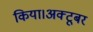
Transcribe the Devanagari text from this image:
किया।अक्टूबर